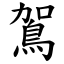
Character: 鴐